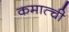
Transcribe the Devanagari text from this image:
कमात्ची